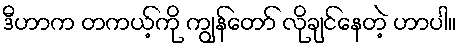
ဒီဟာက တကယ့်ကို ကျွန်တော် လိုချင်နေတဲ့ ဟာပါ။